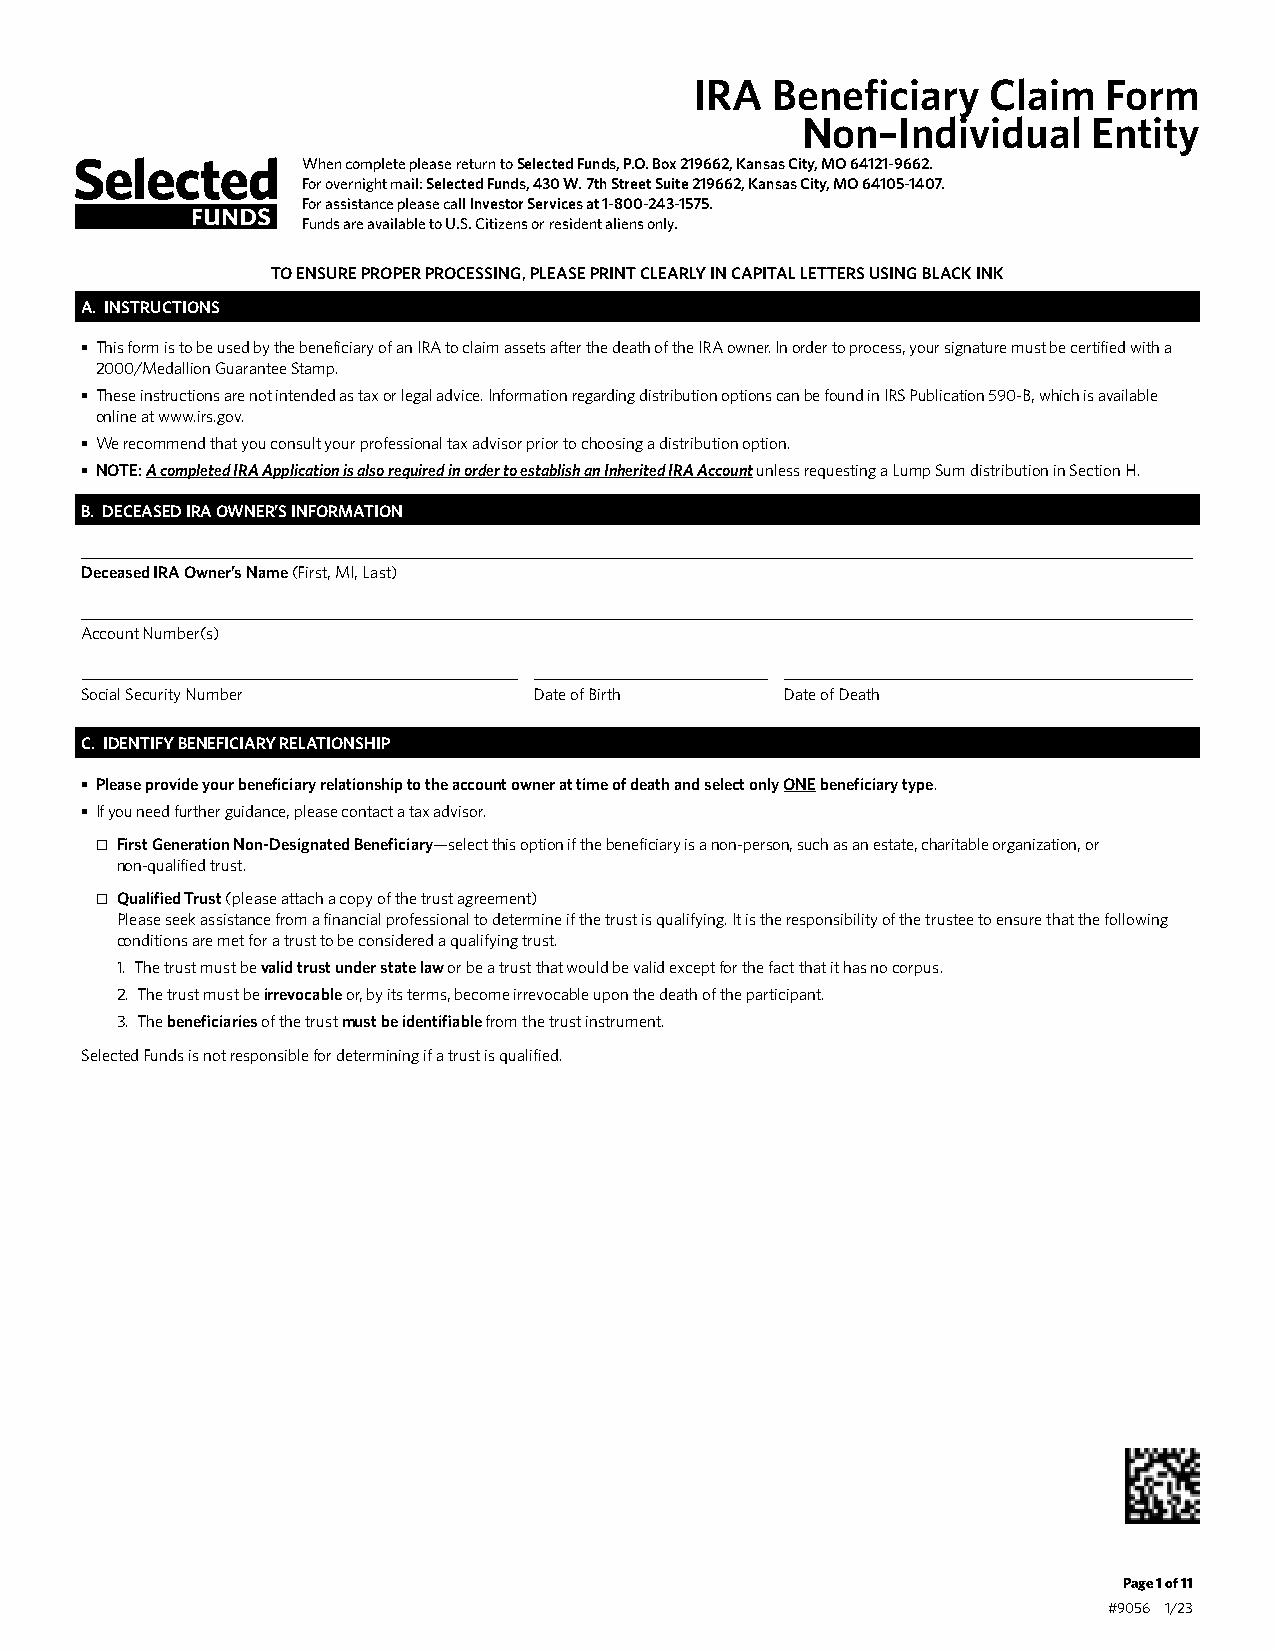
IRA  Beneficiary    Claim  Form
 Non–Individual     Entity
 When complete please return to Selected Funds, P.O. Box 219662, Kansas City, MO 64121-9662.
 For overnight mail: Selected Funds, 430 W. 7th Street Suite 219662, Kansas City, MO 64105-1407.
 For assistance please call Investor Services at 1-800-243-1575.
 Funds are available to U.S. Citizens or resident aliens only.
 TO ENSURE PROPER PROCESSING, PLEASE PRINT CLEARLY IN CAPITAL LETTERS USING BLACK INK
 A. INSTRUCTIONS
 • This form is to be used by the beneficiary of an IRA to claim assets after the death of the IRA owner. In order to process, your signature must be certified with a
 2000/Medallion Guarantee Stamp.
 • These instructions are not intended as tax or legal advice. Information regarding distribution options can be found in IRS Publication 590-B, which is available
 online at www.irs.gov.
 • We recommend that you consult your professional tax advisor prior to choosing a distribution option.
 • NOTE: A completed IRA Application is also required in order to establish an Inherited IRA Account unless requesting a Lump Sum distribution in Section H.
 B. DECEASED IRA OWNER’S INFORMATION
 Deceased IRA Owner’s Name (First, MI, Last)
 Account Number(s)
 Social Security Number        Date of Birth    Date of Death
 C. IDENTIFY BENEFICIARY RELATIONSHIP
 • Please provide your beneficiary relationship to the account owner at time of death and select only ONE beneficiary type.
 • If you need further guidance, please contact a tax advisor.
 • First Generation Non-Designated Beneficiary—select this option if the beneficiary is a non-person, such as an estate, charitable organization, or
 non-qualified trust.
 • Qualified Trust (please attach a copy of the trust agreement)
 Please seek assistance from a financial professional to determine if the trust is qualifying. It is the responsibility of the trustee to ensure that the following
 conditions are met for a trust to be considered a qualifying trust.
 1. The trust must be valid trust under state law or be a trust that would be valid except for the fact that it has no corpus.
 2. The trust must be irrevocable or, by its terms, become irrevocable upon the death of the participant.
 3. The beneficiaries of the trust must be identifiable from the trust instrument.
 Selected Funds is not responsible for determining if a trust is qualified.
 Page 1 of 11
 #9056 1/23